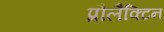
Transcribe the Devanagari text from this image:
प्रौलैक्टिन